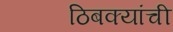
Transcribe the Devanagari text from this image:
ठिबक्यांची